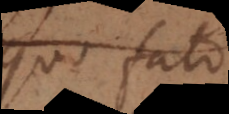
quo fato